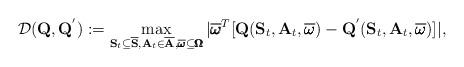
LaTeX: \begin{align*} \mathcal{D}(\mathbf{Q}, \mathbf{Q}^{'}) := \max_{\mathbf{S}_t \subseteq \overline{\mathbf{S}}, \mathbf{A}_t \in \overline{\mathbf{A}}, \overline{\pmb{\omega}} \subseteq \pmb{\Omega}}|\overline{\pmb{\omega}}^T[\mathbf{Q}(\mathbf{S}_t, \mathbf{A}_t, \overline{\pmb{\omega}}) - \mathbf{Q}^{'}(\mathbf{S}_t, \mathbf{A}_t, \overline{\pmb{\omega}})]|,\end{align*}